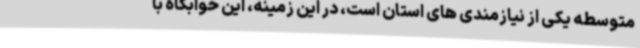
متوسطه یکی از نیازمندی های استان است، در این زمینه، این خوابگاه با